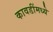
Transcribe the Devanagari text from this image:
कावडींमध्ये